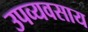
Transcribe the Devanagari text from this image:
उपव्यवसाय